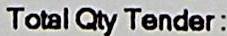
TOTAL QTY TENDER: